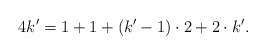
\begin{align*}4k' = 1 + 1 + (k' - 1)\cdot 2 + 2 \cdot k'.\end{align*}